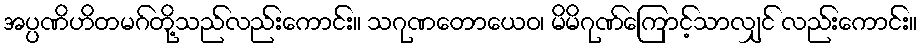
အပ္ပဏိဟိတမဂ်တို့သည်လည်းကောင်း။ သဂုဏတောယေဝ၊ မိမိဂုဏ်ကြောင့်သာလျှင် လည်းကောင်း။